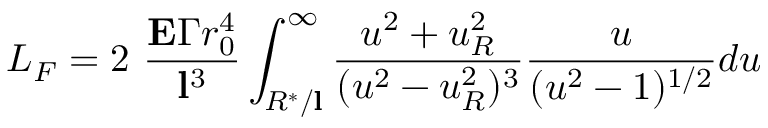
L _ { F } = 2 \ \frac { { \bf E } \Gamma r _ { 0 } ^ { 4 } } { { \bf l } ^ { 3 } } \int _ { R ^ { * } / { \bf l } } ^ { \infty } \frac { u ^ { 2 } + u _ { R } ^ { 2 } } { ( u ^ { 2 } - u _ { R } ^ { 2 } ) ^ { 3 } } \frac { u } { ( u ^ { 2 } - 1 ) ^ { 1 / 2 } } d u